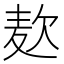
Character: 𮮅